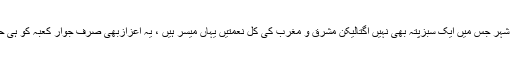
دنیاکا ایسا شہر جس میں ایک سبزپتہ بھی نہیں اگتالیکن مشرق و مغرب کی کل نعمتیں یہاں میسر ہیں ، یہ اعزازبھی صرف جوار کعبہ کو ہی حاصل ہے۔